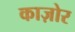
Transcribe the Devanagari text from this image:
काज़ोर